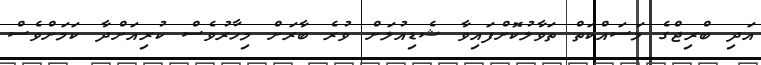
އަދި ބްރިޖްގެ މަސައްކަތް ތަވާލުކޮށްފައިވާ ޝެޑިއުލަށް ވުރެ ބާރަށް މިހާރުވެސް ކުރިއަށްދާ ކަމަށްވެސް